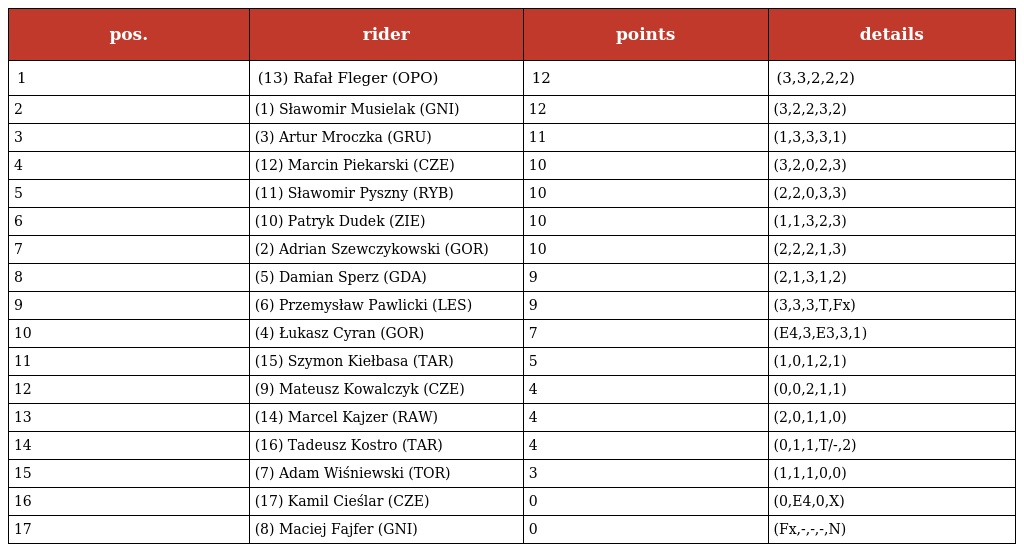
| pos. | rider | points | details |
 | --- | --- | --- | --- |
 | 1 | (13) Rafał Fleger (OPO) | 12 | (3,3,2,2,2) |
 | 2 | (1) Sławomir Musielak (GNI) | 12 | (3,2,2,3,2) |
 | 3 | (3) Artur Mroczka (GRU) | 11 | (1,3,3,3,1) |
 | 4 | (12) Marcin Piekarski (CZE) | 10 | (3,2,0,2,3) |
 | 5 | (11) Sławomir Pyszny (RYB) | 10 | (2,2,0,3,3) |
 | 6 | (10) Patryk Dudek (ZIE) | 10 | (1,1,3,2,3) |
 | 7 | (2) Adrian Szewczykowski (GOR) | 10 | (2,2,2,1,3) |
 | 8 | (5) Damian Sperz (GDA) | 9 | (2,1,3,1,2) |
 | 9 | (6) Przemysław Pawlicki (LES) | 9 | (3,3,3,T,Fx) |
 | 10 | (4) Łukasz Cyran (GOR) | 7 | (E4,3,E3,3,1) |
 | 11 | (15) Szymon Kiełbasa (TAR) | 5 | (1,0,1,2,1) |
 | 12 | (9) Mateusz Kowalczyk (CZE) | 4 | (0,0,2,1,1) |
 | 13 | (14) Marcel Kajzer (RAW) | 4 | (2,0,1,1,0) |
 | 14 | (16) Tadeusz Kostro (TAR) | 4 | (0,1,1,T/-,2) |
 | 15 | (7) Adam Wiśniewski (TOR) | 3 | (1,1,1,0,0) |
 | 16 | (17) Kamil Cieślar (CZE) | 0 | (0,E4,0,X) |
 | 17 | (8) Maciej Fajfer (GNI) | 0 | (Fx,-,-,-,N) |